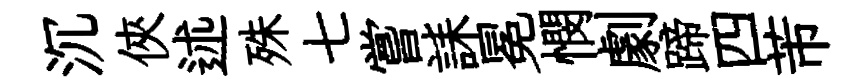
沉俠述殊七嘗誄冕憫劇蹄四芾